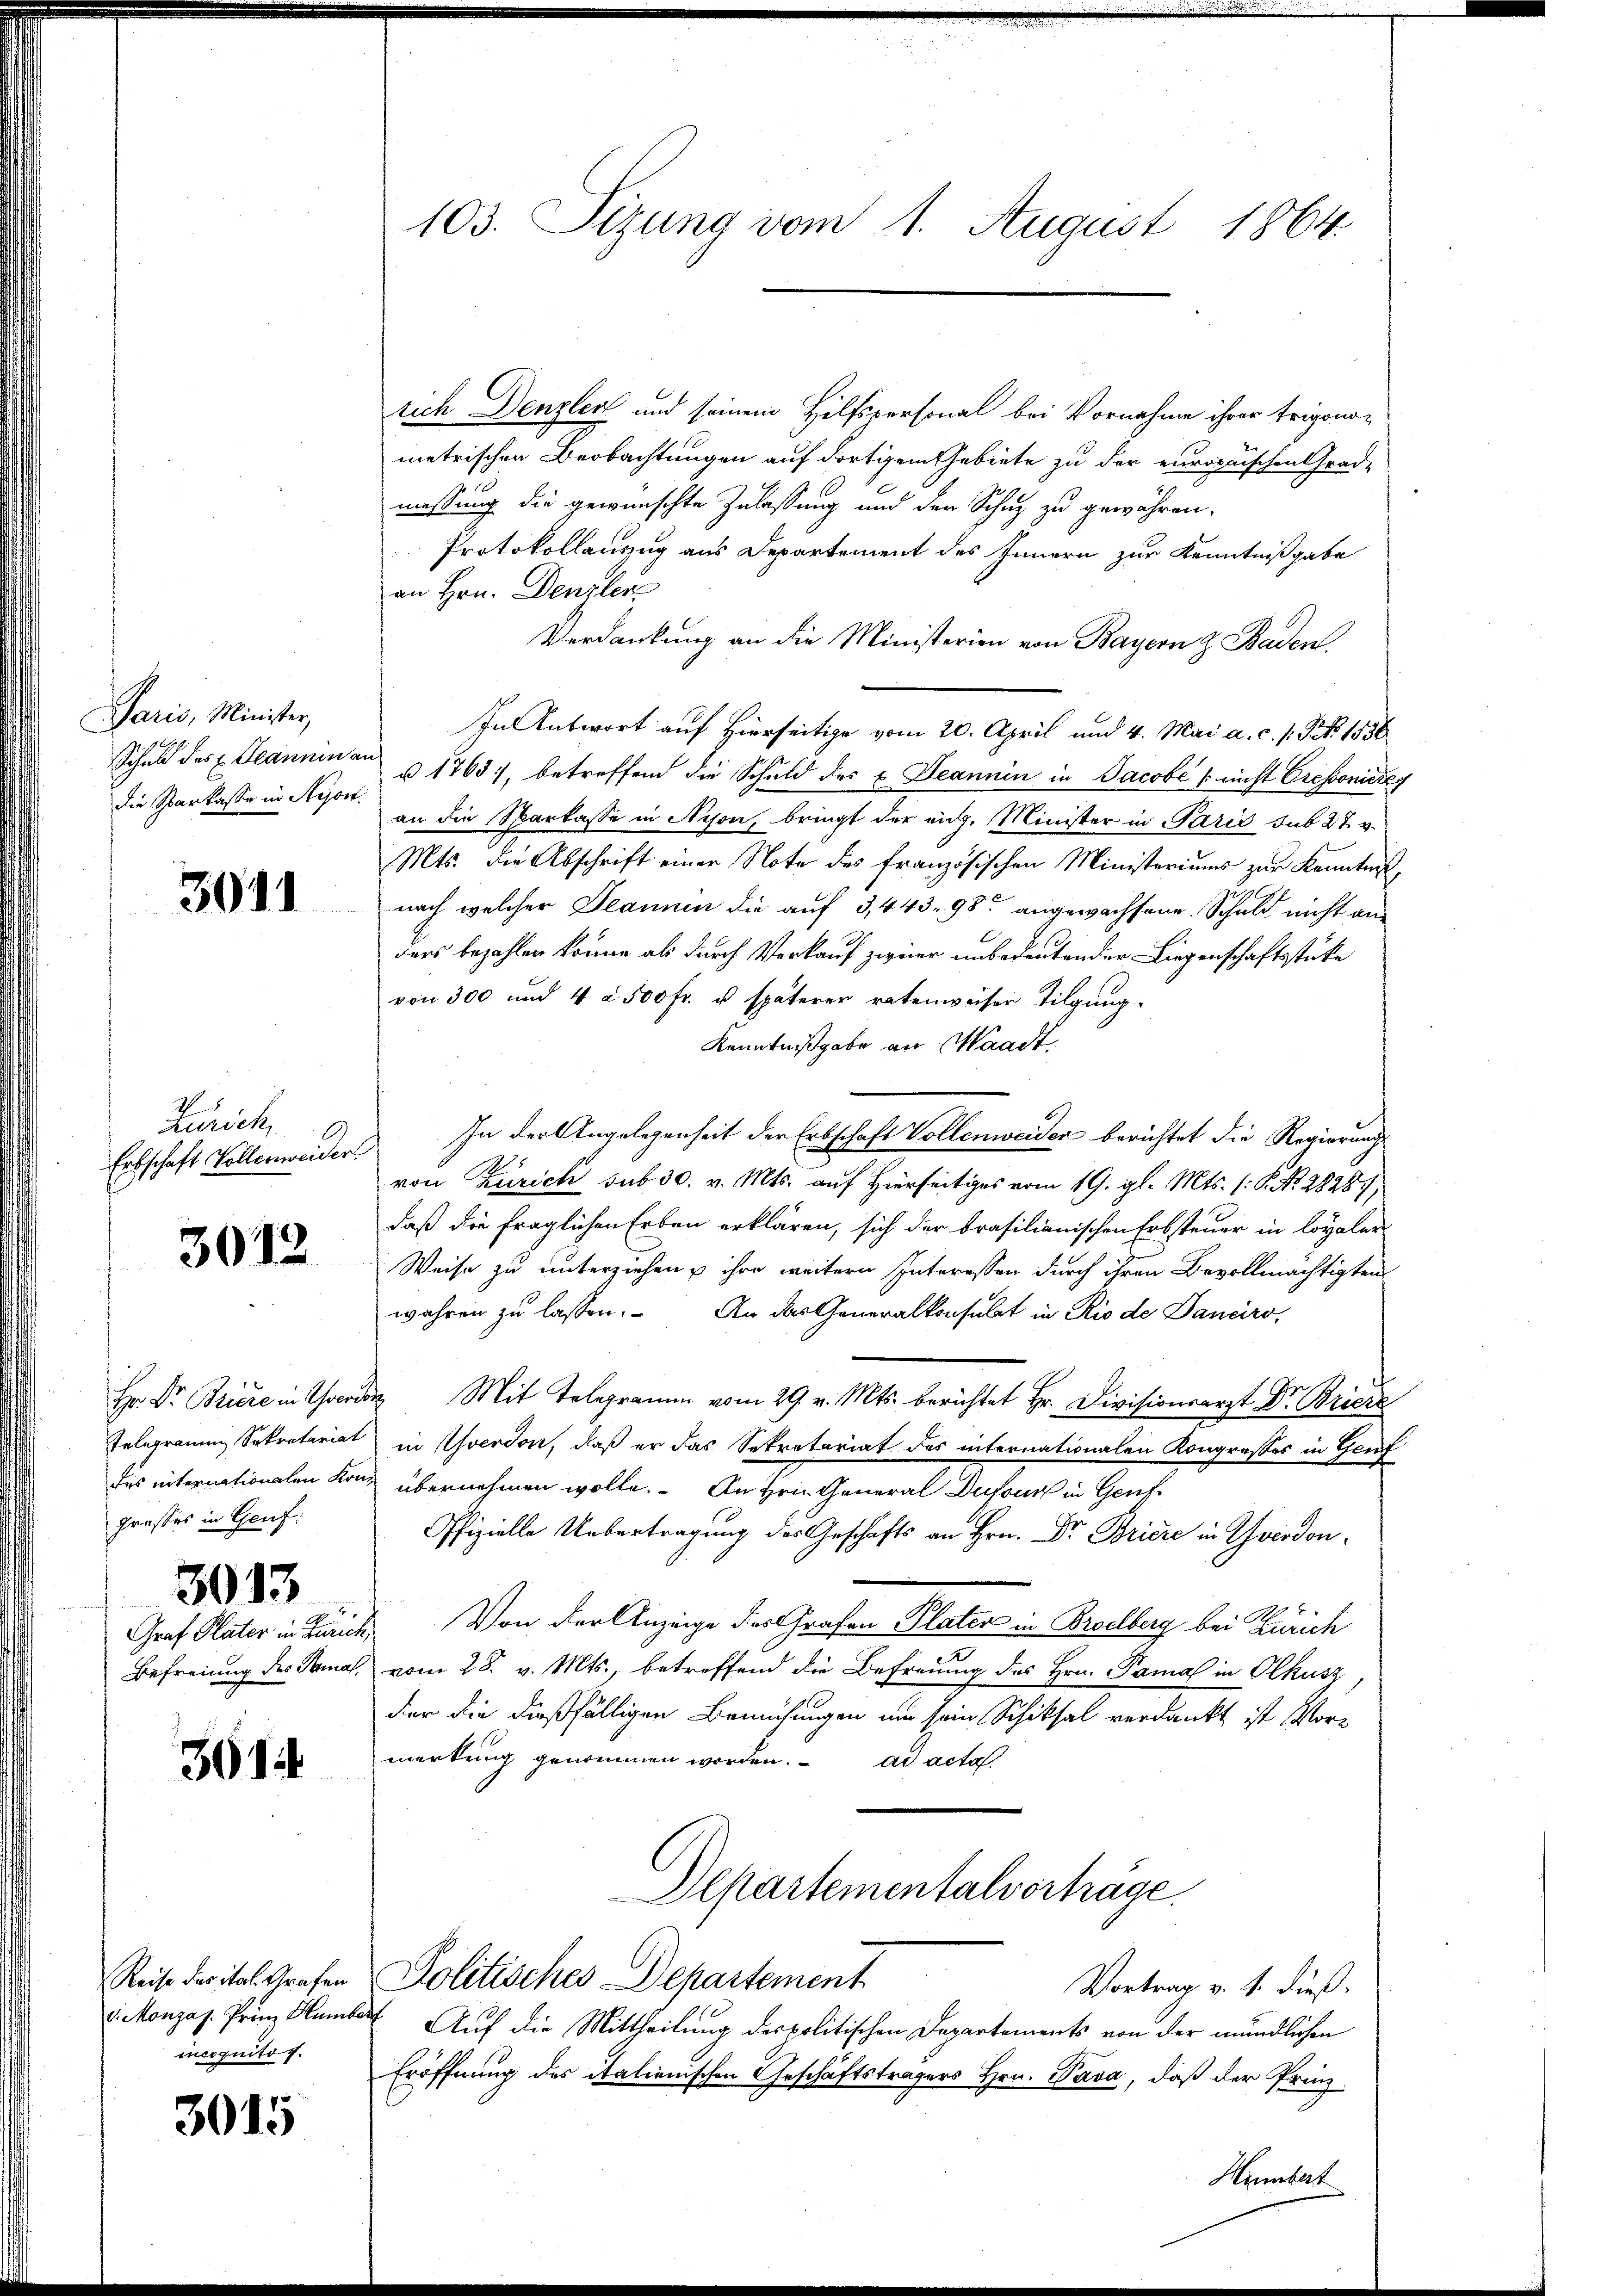
Paris, Minister,
Schuld des Jeanna
die Sparkasse in Reson

3011

Zürich,
Erbschaft Vollenweider.

3012

Hr. Dr. Briere in Geri
Telegramm Sekretariat
des internationalen Kor¬
Grosses in Genf.
3013
Graf Plater in Zurices
Befreiung des Senat,

361

Reise des ital. Grafen
v. Monzas. Prinz Humbe
incognitos.

3015

103. Sizung vom 1. August 1864.

tich Denzler und seinem Hilfsversonal bei Vornahme ihrer trigonometrischen Beobachtungen auf dortigem Gebiete zu der europaischen Grad-
messung die gewünschte Zulassung und der Schuz zu gewähren.
Protokollauszug aus Departement des Innern zur Kenntnißgabe
an Hrn. Denzler
Verdankung an die Ministerien von Bayern & Baden.
sin Antwort auf Hierseitige vom 20. April und 4. Mai a. c. s. Frk. 1536
§ 1763), betreffend die Schuld des E. Jeannin in Jacobe / nicht Cressoniere
an die Sparkasse in Nyon, bringt der aug. Minister in Paris sub 27. v.
Mts. die Abschrift einer Note des französischen Ministeriums zur Kenntniß,
nach welcher Jeannen die auf 3, 443. 98. angewachsene Schuld nicht anders bezahlen könne als durch Verkauf ziner unbedeutender Liegenschaftsstücke
von 300 und 4 à 500 fr. u. späterer ratenweiser Tilgung¬
Kenntnißgabe an Waadt.
In der Angelegenheit der Erbschaft Vollenweider berichtet die Regierung
von Zürich sub 30. v. Mts. auf Hierseitiges vom 19. gl. Mts. (: P. Nr. 2828).
daß die fraglichen Erben erklären, sich der brasilianischen Erbsteuer in loyaler
Weise zu unterziehen u ihre weitern Interessen durch ihren Bevollmächtigten
wahren zu lassen. An das Generalkonsulat in Rio de Danciro,
& Mit Telegramm vom 29. v. Mts. berichtet Hr. Divisionsarzt Dr. Briere
in Yverdon, daß er das Sekretariat des internationalen Kongrosses in Genf
übermachenen wollen Anthenschement Wesent. Geneh¬
Offizielle Uebertragung des Geschäfts an Hrn. Dr. Briere in Yverdon¬
Von der Anzeige des Grafen Plater in Broelberg bei Zürich
vom 28. v. Mts., betreffend die Befreuung des Hrn. Pamal in Olkusz,
der die dießfälligen Bemühungen um sein Schiksal verdankt ist Vor-
merkung genommen worden. ad acta
Departementalverhäge
Politisches Departement
Vortrag v. 1. dieß:
V. Auf die Mittheilung der politischen Departements von der mündlichen
Eröffnung des italienischen Geschäftsträgers Hrn. Pava, daß der Prinz
Humbert